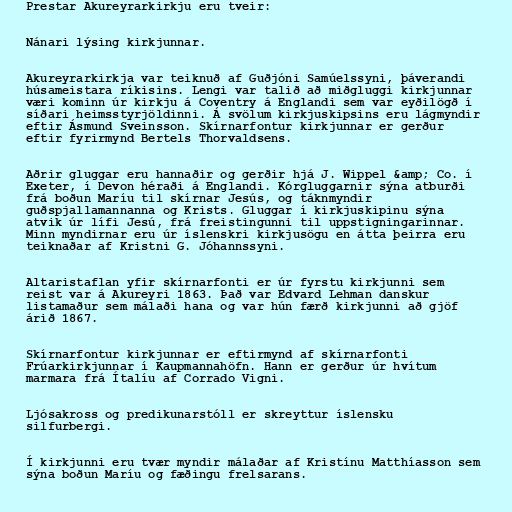
Prestar Akureyrarkirkju eru tveir:

Nánari lýsing kirkjunnar.

Akureyrarkirkja var teiknuð af Guðjóni Samúelssyni, þáverandi
húsameistara ríkisins. Lengi var talið að miðgluggi kirkjunnar
væri kominn úr kirkju á Coventry á Englandi sem var eyðilögð í
síðari heimsstyrjöldinni. Á svölum kirkjuskipsins eru lágmyndir
eftir Ásmund Sveinsson. Skírnarfontur kirkjunnar er gerður
eftir fyrirmynd Bertels Thorvaldsens.

Aðrir gluggar eru hannaðir og gerðir hjá J. Wippel &amp; Co. í
Exeter, í Devon héraði á Englandi. Kórgluggarnir sýna atburði
frá boðun Maríu til skírnar Jesús, og táknmyndir
guðspjallamannanna og Krists. Gluggar í kirkjuskipinu sýna
atvik úr lífi Jesú, frá freistingunni til uppstigningarinnar.
Minn myndirnar eru úr íslenskri kirkjusögu en átta þeirra eru
teiknaðar af Kristni G. Jóhannssyni.

Altaristaflan yfir skírnarfonti er úr fyrstu kirkjunni sem
reist var á Akureyri 1863. Það var Edvard Lehman danskur
listamaður sem málaði hana og var hún færð kirkjunni að gjöf
árið 1867.

Skírnarfontur kirkjunnar er eftirmynd af skírnarfonti
Frúarkirkjunnar í Kaupmannahöfn. Hann er gerður úr hvítum
marmara frá Ítalíu af Corrado Vigni.

Ljósakross og predikunarstóll er skreyttur íslensku
silfurbergi.

Í kirkjunni eru tvær myndir málaðar af Kristínu Matthíasson sem
sýna boðun Maríu og fæðingu frelsarans.